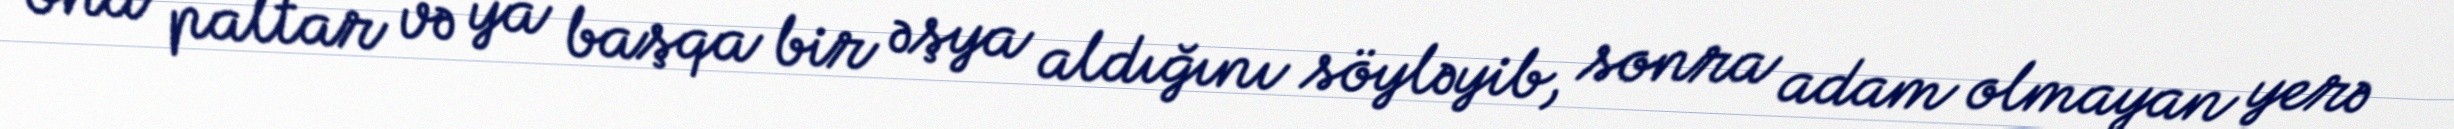
ona paltar və ya başqa bir əşya aldığını söyləyib, sonra adam olmayan yerə